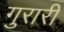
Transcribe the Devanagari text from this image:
गुरारी